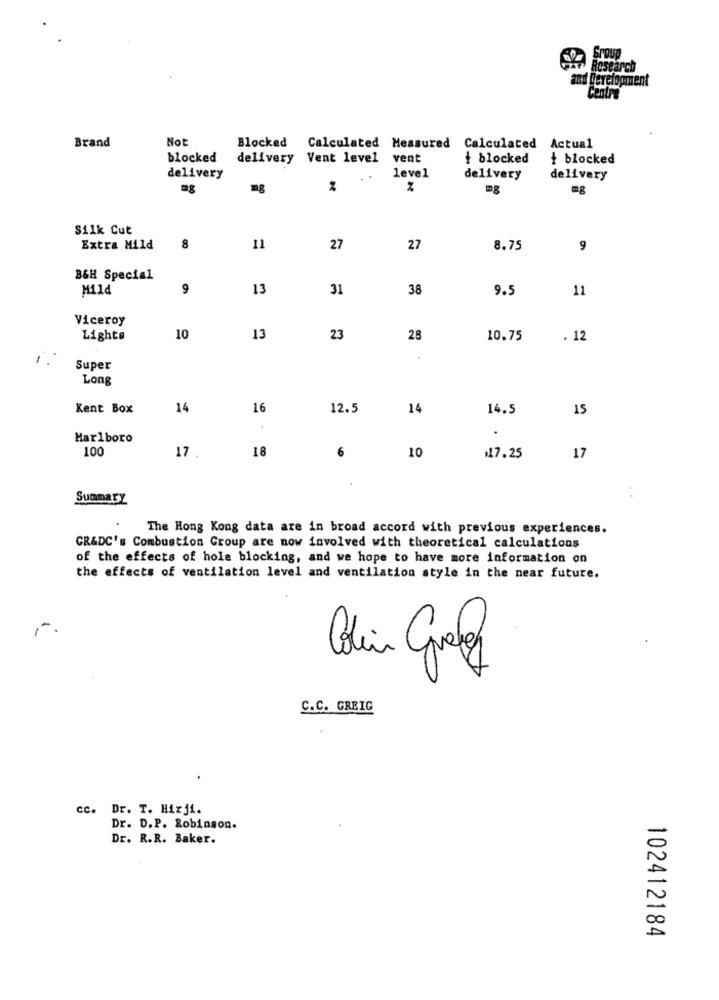
Group
Research
and Development
Brand
Not
Blocked Calculated Measured Calculated Actual
blocked
delivery Vent level
vent
+ blocked
+ blocked
delivery
level
delivery
delivery
mg
%
%
Silk Cut
Extra Mild
8
11
27
27
8.75
9
B&H Special
Mild
9
13
31
38
9.5
11
Viceroy
Lights
10
13
23
28
10.75
. 12
Super
Long
Kent Box
14
16
12.5
14
14.5
15
.
Marlboro
100
18
10
17 .
6
17.25
17
Summary
The Hong Kong data are in broad accord with previous experiences.
GR&DC's Combustion Group are now involved with theoretical calculations
of the effects of hole blocking, and we hope to have more information on
the effects of ventilation level and ventilation style in the near future.
C.C. GREIG
cc. Dr. T. Hirji.
Dr. D.P. Robinson.
Dr. R.R. Baker.
102412184